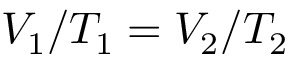
V _ { 1 } / T _ { 1 } = V _ { 2 } / T _ { 2 }